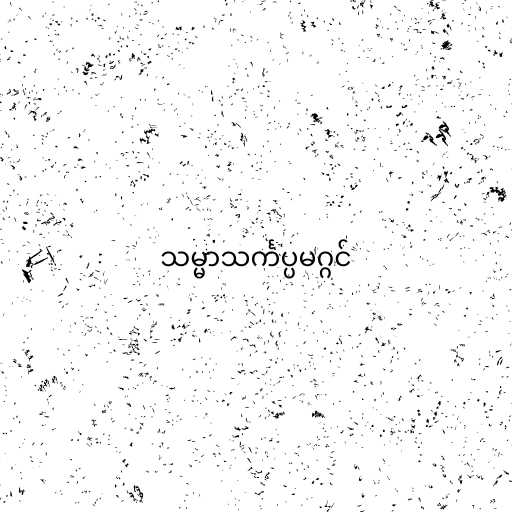
သမ္မာသင်္ကပ္ပမဂ္ဂင်